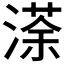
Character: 𭱻